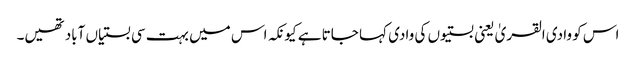
اس کو وادی القریٰ یعنی بستیوں کی وادی کہا جاتا ہے کیونکہ اس میں بہت سی بستیاں آباد تھیں۔